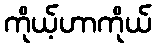
ကိုယ့်ဟာကိုယ်